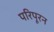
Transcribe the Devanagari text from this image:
परिपूरन